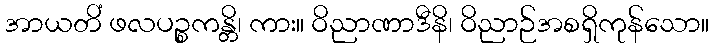
အာယတိံ ဖလပဉ္စကန္တိ၊ ကား။ ဝိညာဏာဒီနိ၊ ဝိညာဉ်အစရှိကုန်သော။